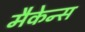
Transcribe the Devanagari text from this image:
मैकेन्स